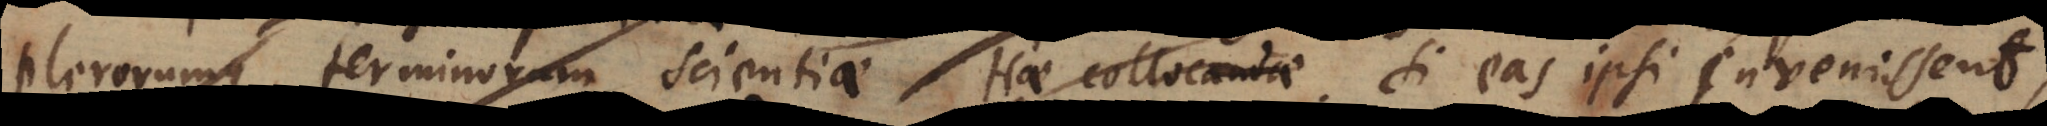
plerorum terminorum scientia Hae collocandae si eas ipsi invenissent,